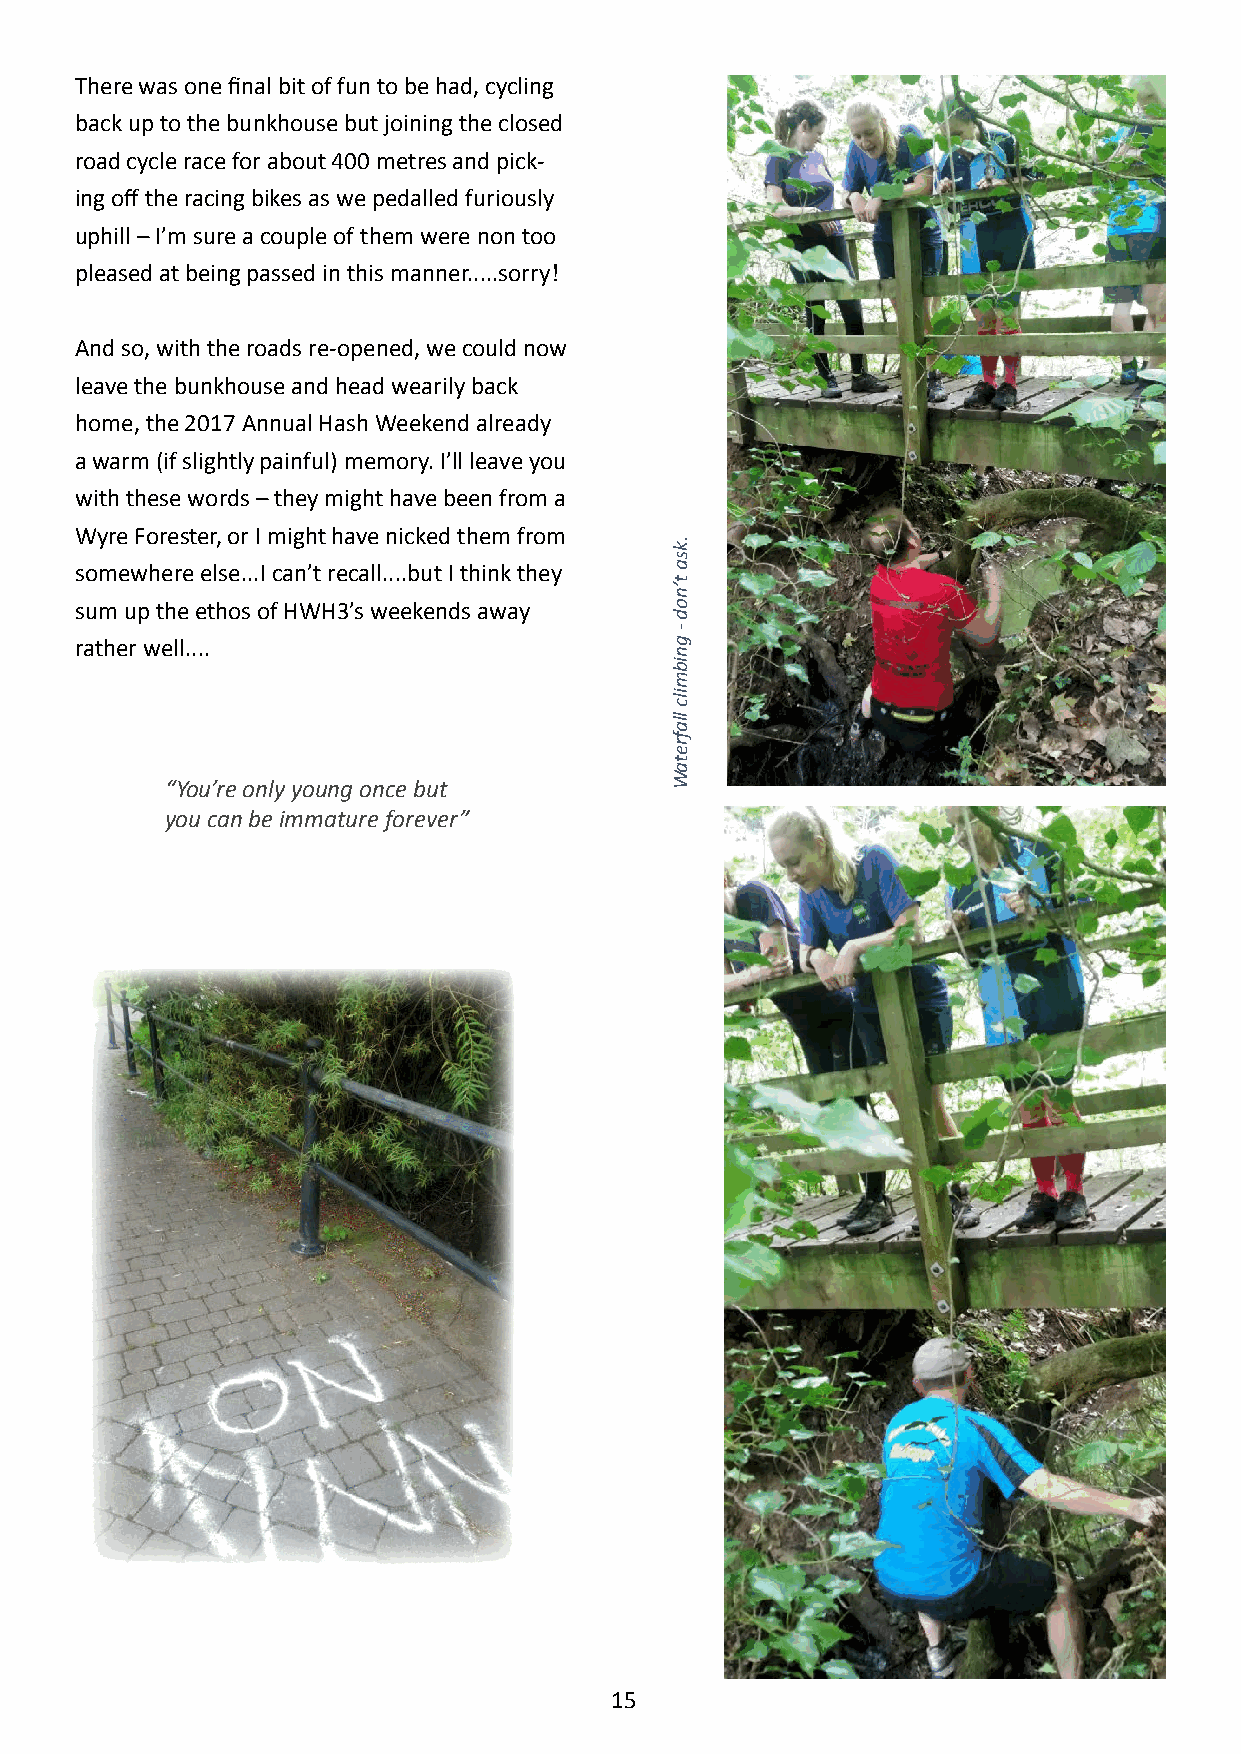
There was one final bit of fun to be had, cycling
 back up to the bunkhouse but joining the closed
 road cycle race for about 400 metres and pick-
 ing off the racing bikes as we pedalled furiously
 uphill – I’m sure a couple of them were non too
 pleased at being passed in this manner.....sorry!
 And so, with the roads re-opened, we could now
 leave the bunkhouse and head wearily back
 home, the 2017 Annual Hash Weekend already
 a warm (if slightly painful) memory. I’ll leave you
 with these words – they might have been from a
 Wyre Forester, or I might have nicked them from
 somewhere else...I can’t recall....but I think they
 sum up the ethos of HWH3’s weekends away
 rather well....
 “You’re only young once but
 you can be immature forever”
 15
 .ksa
 t’nod
 -
 gnibmilc
 llafretaW